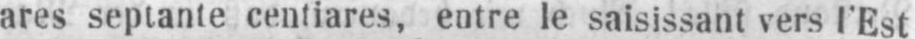
ares septante centiares, entre le saisissant vers l’Est